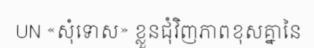
UN «សុំទោស» ខ្លួនជុំវិញភាពខុសគ្នានៃ